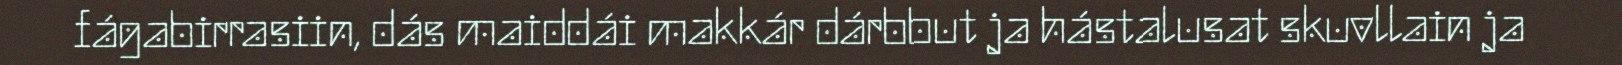
fágabirrasiin, dás maiddái makkár dárbbut ja hástalusat skuvllain ja